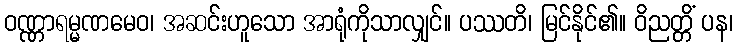
ဝဏ္ဏာရမ္မဏမေဝ၊ အဆင်းဟူသော အာရုံကိုသာလျှင်။ ပဿတိ၊ မြင်နိုင်၏။ ဝိညတ္တိံ ပန၊